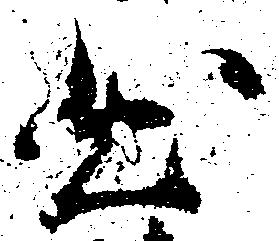
出